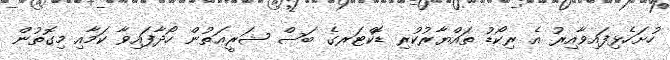
ހުށަހެޅިފައިވާއިރު އެ ރިކޯޑު ތައްޔާރުކުރި ޑޮކްޓަރގެ ބަސް ޝަރީޢަތުން ހޯދާފައިވާ ކަމާއި މިގޮތުން